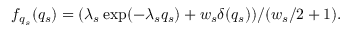
f _ { q _ { s } } ( q _ { s } ) = ( \lambda _ { s } \exp ( - \lambda _ { s } q _ { s } ) + w _ { s } \delta ( q _ { s } ) ) / ( w _ { s } / 2 + 1 ) .